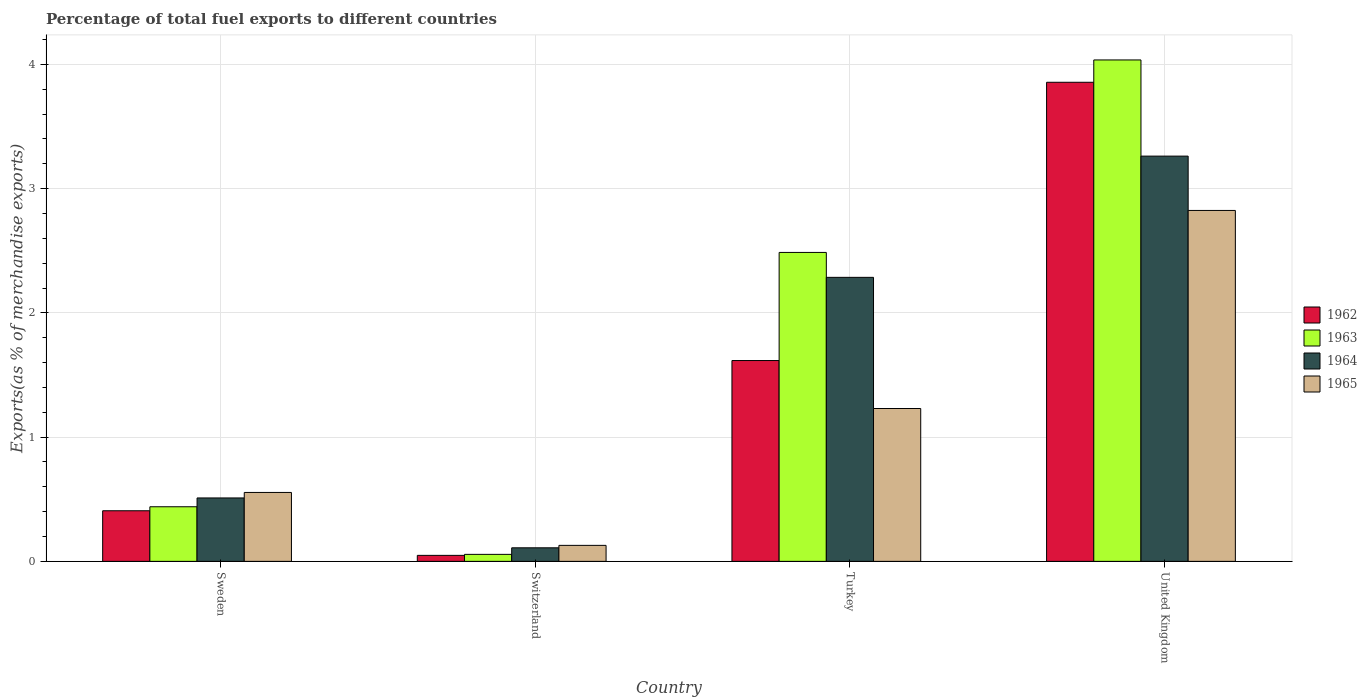
| Country | 1962 | 1963 | 1964 | 1965 |
 | --- | --- | --- | --- | --- |
 | Sweden | 0.407 | 0.439 | 0.51 | 0.555 |
 | Switzerland | 0.0482 | 0.0563 | 0.109 | 0.129 |
 | Turkey | 1.62 | 2.49 | 2.29 | 1.23 |
 | United Kingdom | 3.86 | 4.04 | 3.26 | 2.82 |